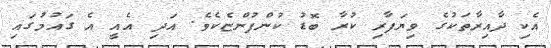
އެކި ދާއިރާތަކުގެ ވިޔަފާރި ކުރާ ބޮޑު ކުންފުންޏެކެވެ. އަދި އެއީ އެ ގައުމުގައި